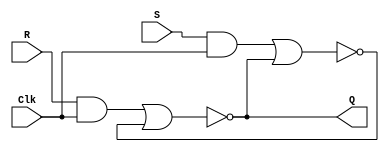
module latch_RS_boolean(
	input Clk,R,S,
	output Q);
	wire R_g,S_g,Qa,Qb;
	assign R_g = R & Clk;
	assign S_g = S & Clk;
	assign Qa = ~(R_g | Qb);
	assign Qb = ~(S_g | Qa);
	assign Q = Qa;
endmodule